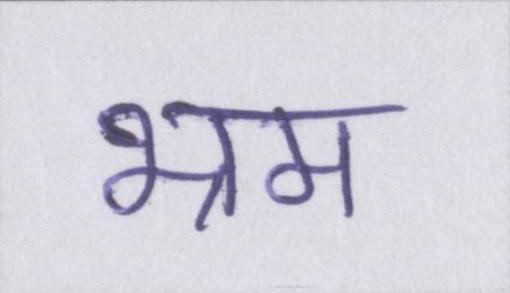
भ्रम